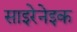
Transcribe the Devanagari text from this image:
साइरेनेइक